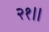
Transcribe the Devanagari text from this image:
२१॥